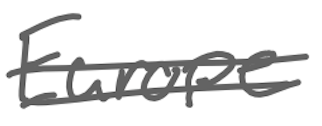
Text: Europe
Cross-out: double-line
Writing tool: digital_gray